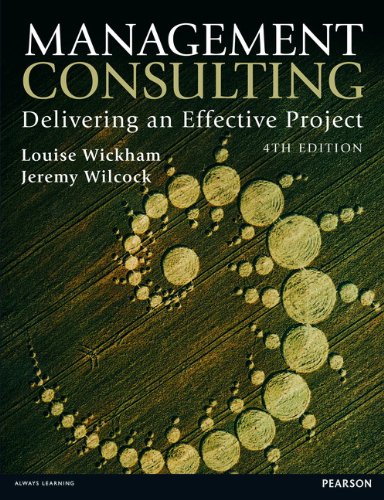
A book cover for Management Consulting Delivering an Effective Project; Louise Wickham; Business & Money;